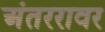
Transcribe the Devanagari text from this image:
अंतररावर